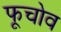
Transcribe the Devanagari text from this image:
फूचोव